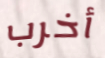
أخرب